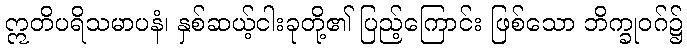
ဣတိပရိသမာပနံ၊ နှစ်ဆယ့်ငါးခုတို့၏ ပြည့်ကြောင်း ဖြစ်သော ဘိက္ခုဝဂ်၌